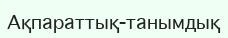
Ақпараттық-танымдық